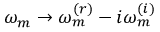
\omega _ { m } \rightarrow \omega _ { m } ^ { ( r ) } - i \omega _ { m } ^ { ( i ) }